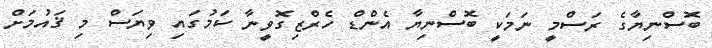
ބޮސްނިޔާގެ ރަސްމީ ނަމަކީ ބޮސްނިޔާ އެންޑް ހެރްޒިގޮވީނާ ކަމުގައި ވިޔަސް މި ޤައުމަށް